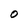
Character: O